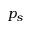
p _ { s }